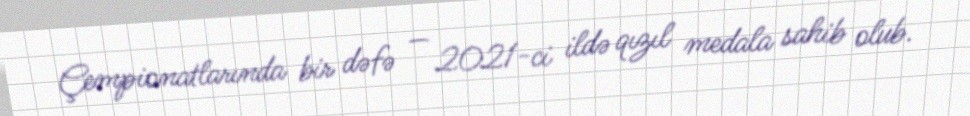
Çempionatlarında bir dəfə — 2021-ci ildə qızıl medala sahib olub.